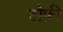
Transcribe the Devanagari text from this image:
टोफ़ी